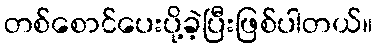
တစ်စောင်ပေးပို့ခဲ့ပြီးဖြစ်ပါတယ်။